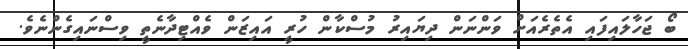
ބޯ ޖަހާލައިފައި އެތެރެއަށް ވަންނަން ދިޔައިރު މުސްކާން ހުރީ އައިޒަން ވެއްޓިދާނެތީ ވިސްނައިގެންނެވެ.